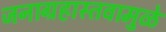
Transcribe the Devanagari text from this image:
जनाग्रहास्तवामुळे